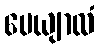
ပေယျာလံ